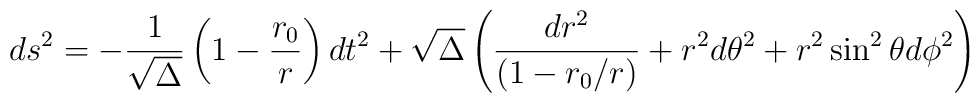
ds^2 = - {1\over \sqrt\Delta} \left( 1-{r_0\over r} \right) dt^2 + \sqrt\Delta\left( {dr^2\over (1-r_0/r)} + r^2d\theta^2 + r^2\sin^2\theta d\phi^2 \right)